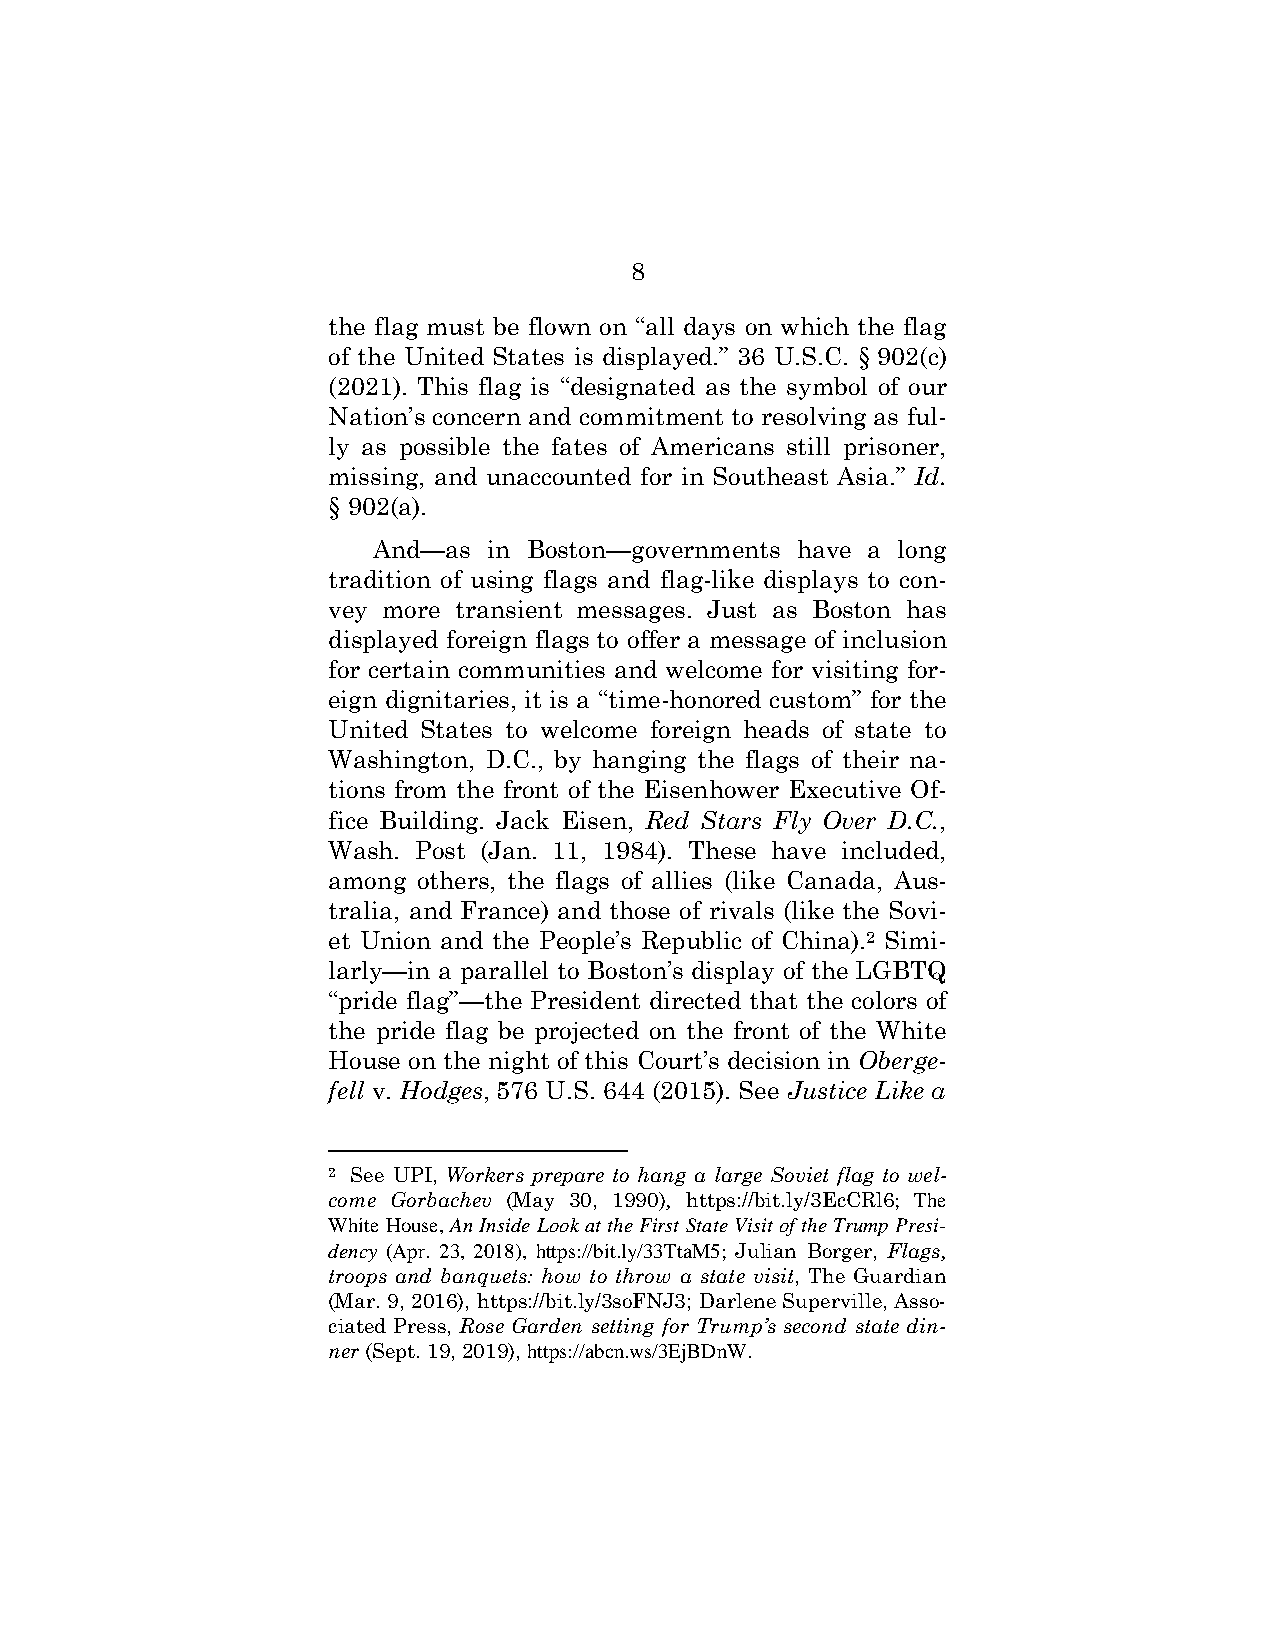
8
 the flag must be flown on “all days on which the flag
 of the United States is displayed.” 36 U.S.C. § 902(c)
 (2021). This flag is “designated as the symbol of our
 Nation’s concern and commitment to resolving as ful-
 ly as possible the fates of Americans still prisoner,
 missing, and unaccounted for in Southeast Asia.” Id.
 § 902(a).
 And—as in Boston—governments have a long
 tradition of using flags and flag-like displays to con-
 vey more transient messages. Just as Boston has
 displayed foreign flags to offer a message of inclusion
 for certain communities and welcome for visiting for-
 eign dignitaries, it is a “time-honored custom” for the
 United States to welcome foreign heads of state to
 Washington, D.C., by hanging the flags of their na-
 tions from the front of the Eisenhower Executive Of-
 fice Building. Jack Eisen, Red Stars Fly Over D.C.,
 Wash. Post (Jan. 11, 1984). These have included,
 among others, the flags of allies (like Canada, Aus-
 tralia, and France) and those of rivals (like the Sovi-
 et Union and the People’s Republic of China).2 Simi-
 larly—in a parallel to Boston’s display of the LGBTQ
 “pride flag”—the President directed that the colors of
 the pride flag be projected on the front of the White
 House on the night of this Court’s decision in Oberge-
 fell v. Hodges, 576 U.S. 644 (2015). See Justice Like a
 2 See UPI, Workers prepare to hang a large Soviet flag to wel-
 come Gorbachev (May 30, 1990), https://bit.ly/3EcCRl6; The
 White House, An Inside Look at the First State Visit of the Trump Presi-
 dency (Apr. 23, 2018), https://bit.ly/33TtaM5; Julian Borger, Flags,
 troops and banquets: how to throw a state visit, The Guardian
 (Mar. 9, 2016), https://bit.ly/3soFNJ3; Darlene Superville, Asso-
 ciated Press, Rose Garden setting for Trump’s second state din-
 ner (Sept. 19, 2019), https://abcn.ws/3EjBDnW.